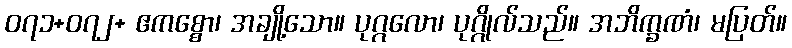
၀၇၁+၀၇၂+ ဧကစ္စော၊ အချို့သော။ ပုဂ္ဂလော၊ ပုဂ္ဂိုလ်သည်။ အဘိက္ခဏံ၊ မပြတ်။